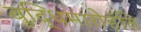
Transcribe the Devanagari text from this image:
बुद्धिमारोहंति